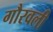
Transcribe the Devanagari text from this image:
गौरवली